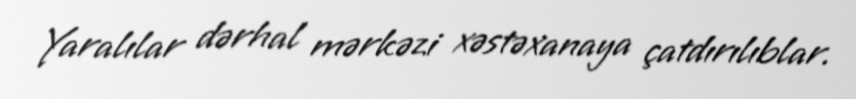
Yaralılar dərhal mərkəzi xəstəxanaya çatdırılıblar.